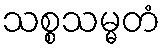
သစ္စသမ္မတံ